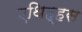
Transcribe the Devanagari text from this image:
एथिह्हस